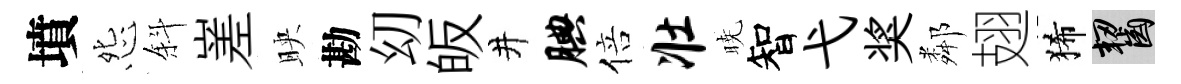
墳怨斜嵳映勘㓜皈井腆倍壮暁智弋奖鄰翅狶齧